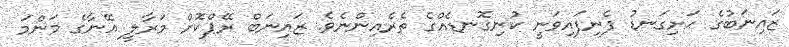
ޒައިނަބުގެ ހަށިގަނޑު ފެނިފައިވަނީ ކުނިގޮނޑެއްގެ ތެރެއިންނެވެ. ޒައިނަބް ރޭޕްކޮށް މަރާލީ އޭނާގެ މަންމަ